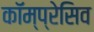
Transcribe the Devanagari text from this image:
कॉम्प्रेसिव